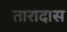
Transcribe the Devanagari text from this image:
तारादास